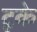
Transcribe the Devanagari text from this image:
टूके